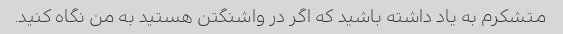
متشکرم به یاد داشته باشید که اگر در واشنگتن هستید به من نگاه کنید.